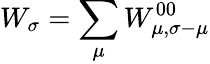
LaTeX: W_{\sigma}=\sum_{\mu}W_{\mu,\sigma-\mu}^{00}